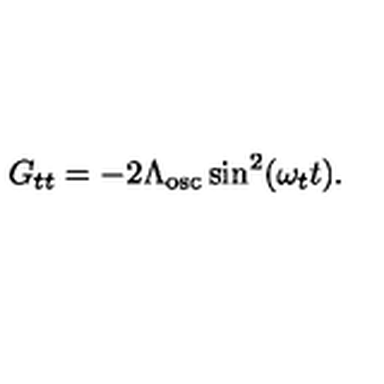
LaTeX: G _ { t t } = - 2 \Lambda _ { \mathrm { o s c } } \sin ^ { 2 } ( \omega _ { t } t ) .